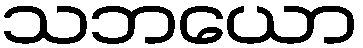
သဘယော